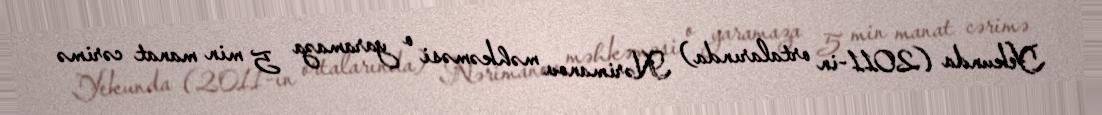
Yekunda (2011-in ortalarında) Nərimanov məhkəməsi o yaramaza 5 min manat cərimə